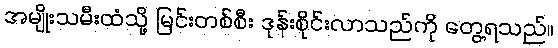
အမျိုးသမီးထံသို့ မြင်းတစ်စီး ဒုန်းစိုင်းလာသည်ကို တွေ့ရသည်။